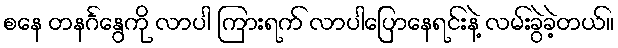
စနေ တနင်္ဂနွေကို လာပါ ကြားရက် လာပါပြောနေရင်းနဲ့ လမ်းခွဲခဲ့တယ်။